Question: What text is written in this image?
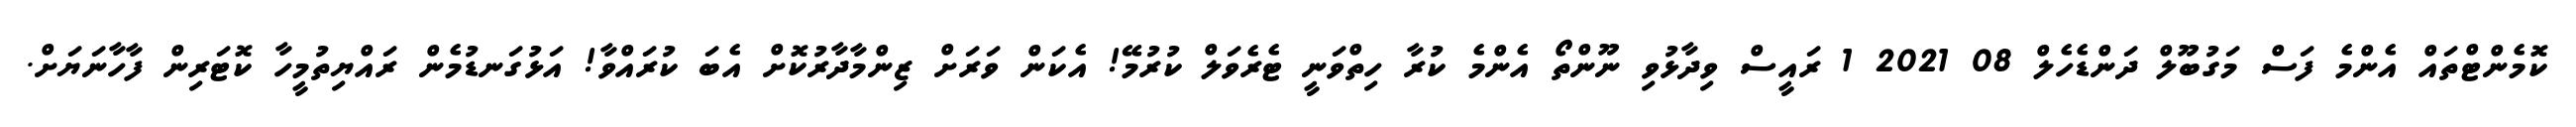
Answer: ކޮމެންޓްތައް އެންމެ ފަސް މަގުބޫލް ދަންޑެހެލް 08 2021 1 ރައީސް ވިދާޅުވި ނޫންތޯ އެންމެ ކުރާ ހިތްވަނީ ޓެރެވަލް ކުރުމޭ! އެކަން ވަރަށް ޒިންމާދާރުކޮށް އެބަ ކުރައްވާ! އަޅުގަނޑުމެން ރައްޔިތުމީހާ ކޮޓަރިން ފާހާނަޔަށް.